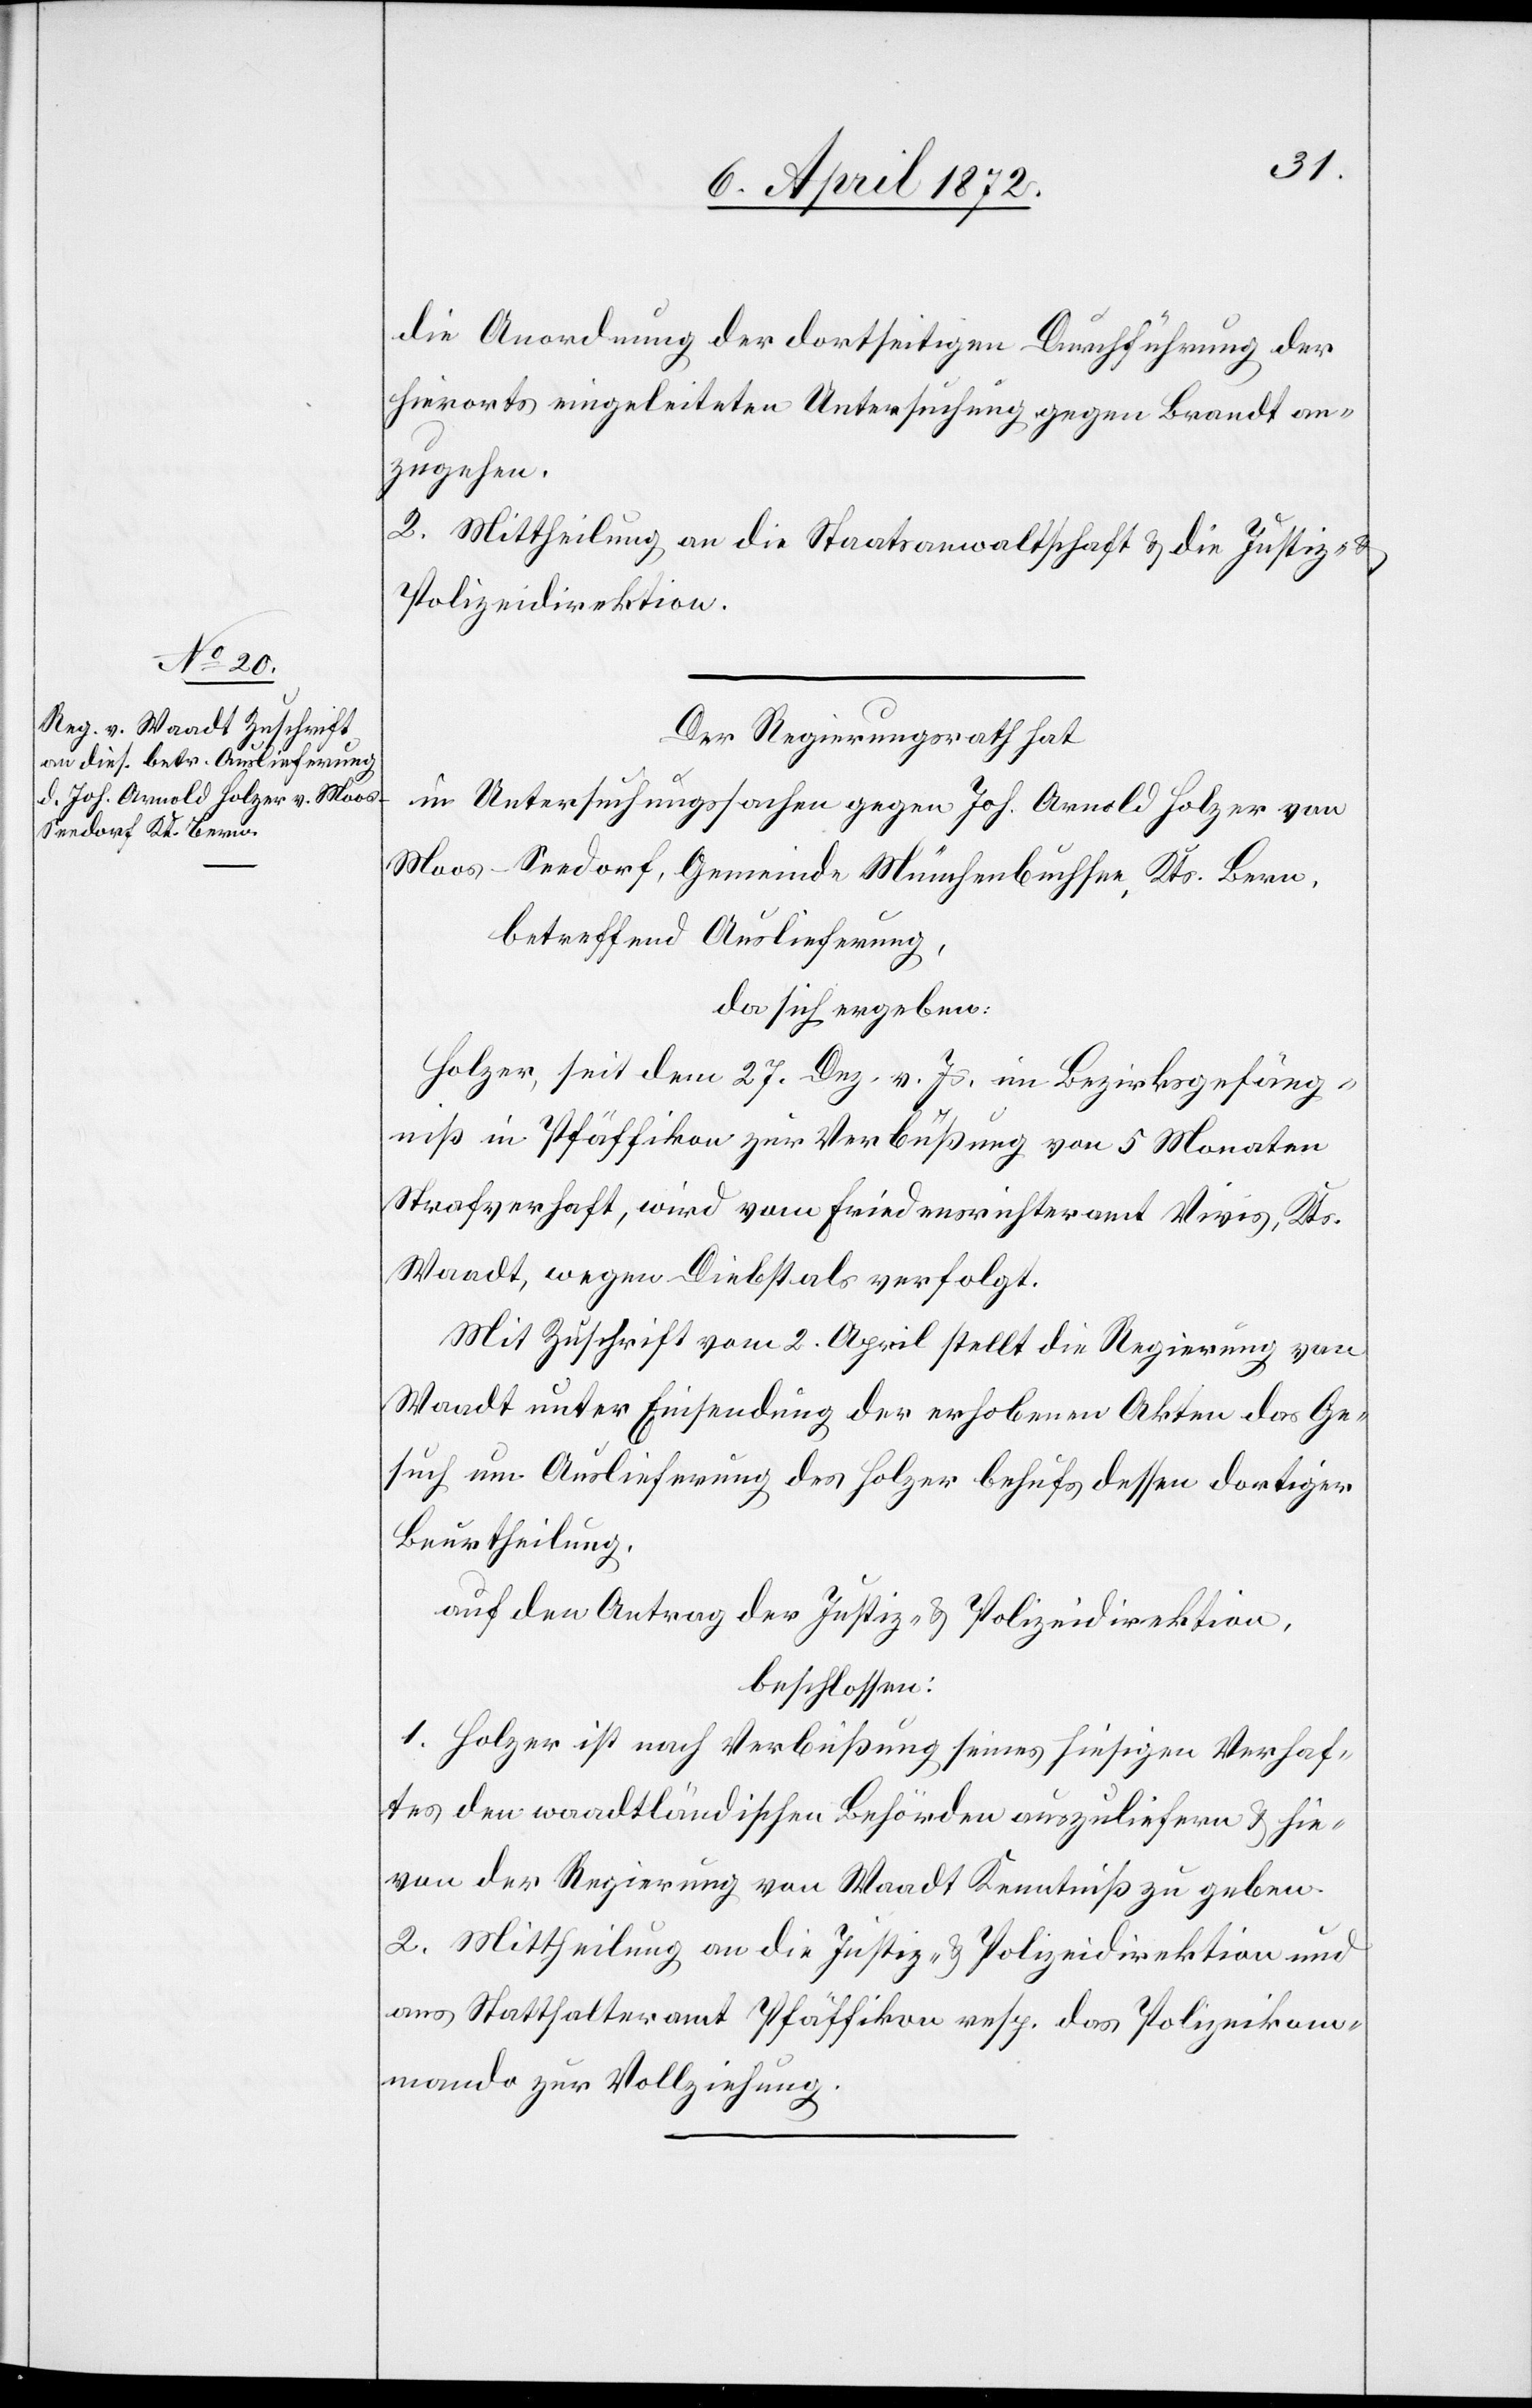
die Anordnung der dortseitigen Durchführung der
hierorts eingeleiteten Untersuchung gegen Brandt an¬
zugehen.
2. Mittheilung an die Staatsanwaltschaft u. die Justiz- u.
Polizeidirektion.
Der Regierungsrath hat
in Untersuchungssachen gegen Joh. Arnold Holzer von
Moos - Seedorf, Gemeinde Münchenbuchsee, Kts. Bern,
betreffend Auslieferung,
da sich ergeben:
Holzer, seit dem 27. Dez. v. Js. im Bezirksgefäng¬
niß in Pfäffikon zur Verbüßung von 5 Monaten
Strafverhaft, wird vom Friedensrichteramt Vivis, Kts.
Waadt, wegen Diebstahls verfolgt.
Mit Zuschrift vom 2. April stellt die Regierung von
Waadt unter Einsendung der erhobenen Akten das Ge¬
such um Auslieferung des Holzer behufs dessen dortiger
Beurtheilung.
auf den Antrag der Justiz- u. Polizeidirektion,
beschlossen:
1. Holzer ist nach Verbüßung seines hiesigen Verhaf¬
tes den waadtländischen Behörden auszuliefern u. hie¬
von der Regierung von Waadt Kenntniß zu geben.
2. Mittheilung an die Justiz- u. Polizeidirektion und
ans Statthalteramt Pfäffikon resp. das Polizeikom¬
mando zur Vollziehung.